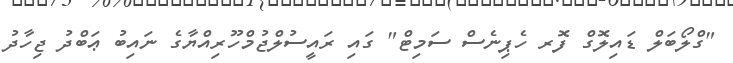
"ގްލޯބަލް ޑައިލޮގް ފޮރ ހެޕިނެސް ސަމިޓް" ގައި ރައީސުލްޖުމްހޫރިއްޔާގެ ނައިބު ޢަބްދު ޖިހާދު